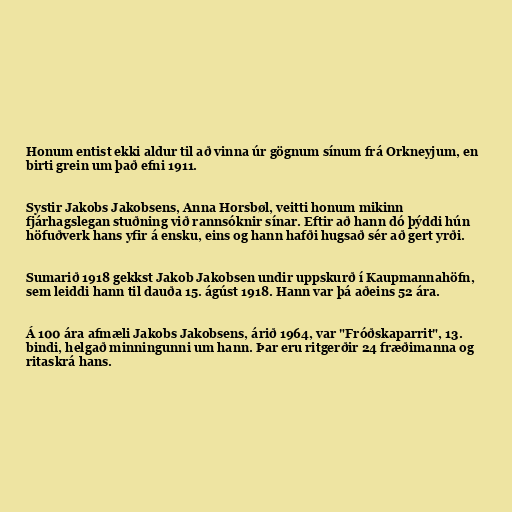
Honum entist ekki aldur til að vinna úr gögnum sínum frá Orkneyjum, en
birti grein um það efni 1911.

Systir Jakobs Jakobsens, Anna Horsbøl, veitti honum mikinn
fjárhagslegan stuðning við rannsóknir sínar. Eftir að hann dó þýddi hún
höfuðverk hans yfir á ensku, eins og hann hafði hugsað sér að gert yrði.

Sumarið 1918 gekkst Jakob Jakobsen undir uppskurð í Kaupmannahöfn,
sem leiddi hann til dauða 15. ágúst 1918. Hann var þá aðeins 52 ára.

Á 100 ára afmæli Jakobs Jakobsens, árið 1964, var "Fróðskaparrit", 13.
bindi, helgað minningunni um hann. Þar eru ritgerðir 24 fræðimanna og
ritaskrá hans.